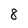
Character: 8